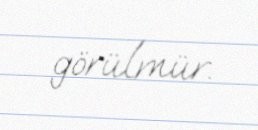
görülmür.